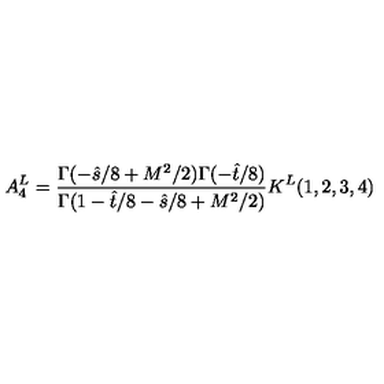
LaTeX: A _ { 4 } ^ { L } = { \frac { \Gamma ( - \hat { s } / 8 + M ^ { 2 } / 2 ) \Gamma ( - \hat { t } / 8 ) } { \Gamma ( 1 - \hat { t } / 8 - \hat { s } / 8 + M ^ { 2 } / 2 ) } } K ^ { L } ( 1 , 2 , 3 , 4 )